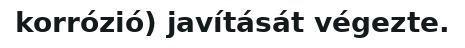
korrózió) javítását végezte.